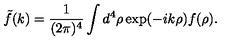
{ \tilde { f } } ( k ) = \frac { 1 } { ( 2 \pi ) ^ { 4 } } \int d ^ { 4 } \rho \exp ( - i k \rho ) f ( \rho ) .